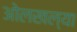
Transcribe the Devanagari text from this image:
ओलखल्या